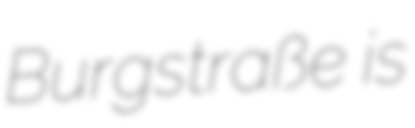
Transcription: Burgstraße is